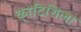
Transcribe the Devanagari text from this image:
कोटिशिला